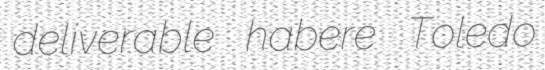
deliverable habere Toledo